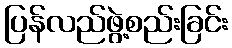
ပြန်လည်ဖွဲ့စည်းခြင်း